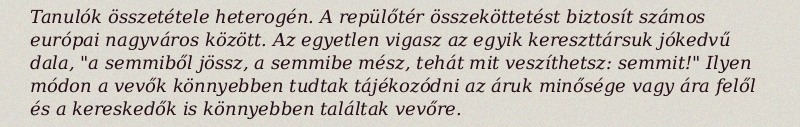
Tanulók összetétele heterogén. A repülőtér összeköttetést biztosít számos európai nagyváros között. Az egyetlen vigasz az egyik kereszttársuk jókedvű dala, "a semmiből jössz, a semmibe mész, tehát mit veszíthetsz: semmit!" Ilyen módon a vevők könnyebben tudtak tájékozódni az áruk minősége vagy ára felől és a kereskedők is könnyebben találtak vevőre.